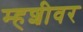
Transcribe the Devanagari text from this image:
म्हशीवर